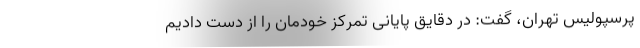
پرسپولیس تهران، گفت: در دقایق پایانی تمرکز خودمان را از دست دادیم